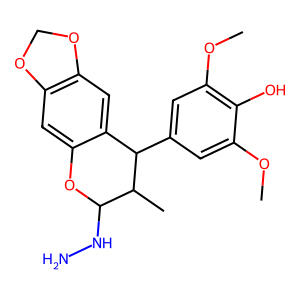
SMILES: COc1cc(C2c3cc4c(cc3OC(NN)C2C)OCO4)cc(OC)c1O
Inhibits HIV replication: No